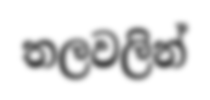
තලවලින්